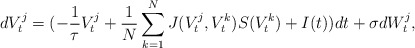
\begin{align*}dV^j_t = (-\frac{1}{\tau}V^j_t + \frac{1}{N}\sum_{k=1}^N J(V_t^j,V_t^k)S(V_t^k)+I(t))dt + \sigma dW^j_t, \end{align*}